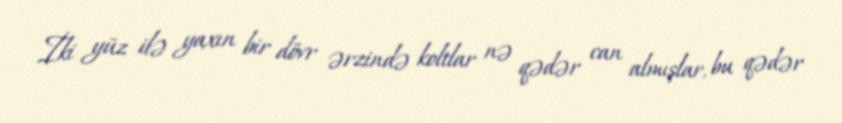
İki yüz ilə yaxın bir dövr ərzində koltlar nə qədər can almışlar, bu qədər